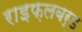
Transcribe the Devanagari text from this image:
राइफ़लबर्ड